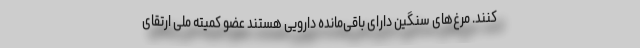
کنند. مرغ‌های سنگین دارای باقی‌مانده دارویی هستند عضو کمیته ملی ارتقای